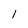
Character: 1